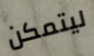
ليتمكن